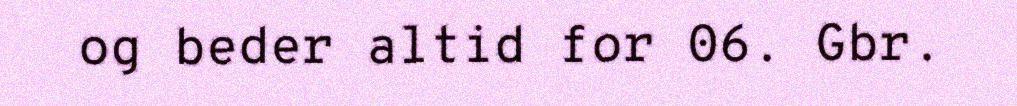
og beder altid for 06. Gbr.